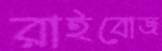
রাইবোজ